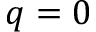
q = 0